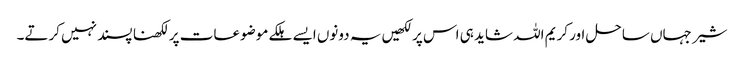
شیر جہاں ساحل اور کریم اللہ شاید ہی اس پر لکھیں یہ دونوں ایسے ہلکے موضوعات پر لکھنا پسند نہیں کرتے۔